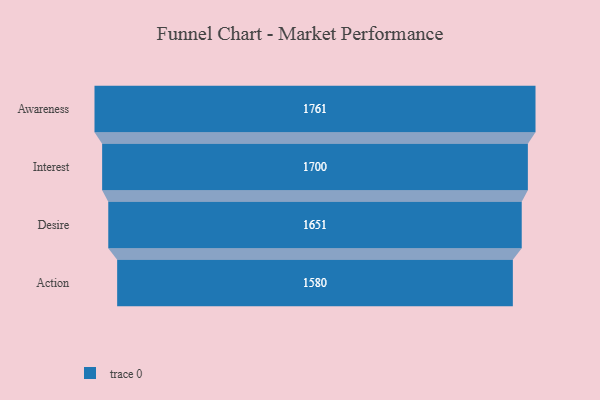
{"axis": {"x": "Stage", "y": "Value"}, "legend": [""], "data": [{"x": "Awareness", "y": 1761.0, "type": ""}, {"x": "Interest", "y": 1700.0, "type": ""}, {"x": "Desire", "y": 1651.0, "type": ""}, {"x": "Action", "y": 1580.0, "type": ""}]}